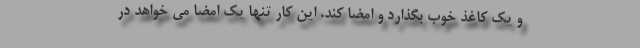
و یک کاغذ خوب بگذارد و امضا کند. این کار تنها یک امضا می خواهد در